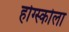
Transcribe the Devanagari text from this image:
होग्स्कोला